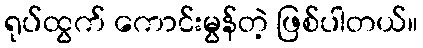
ရုပ်ထွက် ကောင်းမွန်တဲ့ ဖြစ်ပါတယ်။